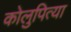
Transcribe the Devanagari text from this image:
कोलुपित्या